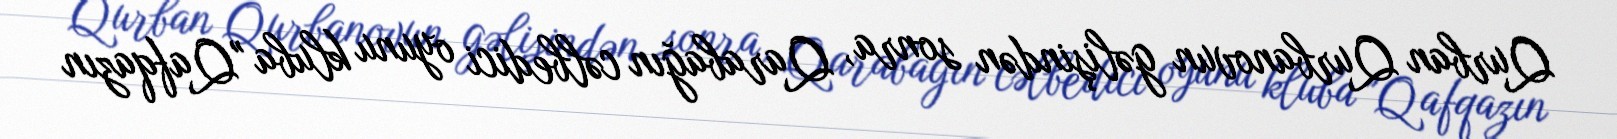
Qurban Qurbanovun gəlişindən sonra, Qarabağın cəlbedici oyunu kluba "Qafqazın